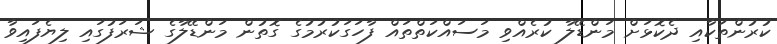
ކުރުންތަކާއި ދެކޮޅަށް މަންޑޭލާ ކުރެއްވި މަސައްކަތްތައް ފާހަގަކުރުމުގެ ގޮތުން މަންޑޭލާގެ ޝަރަފުގައި ލިޔެފައިވާ